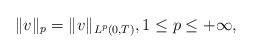
LaTeX: \begin{align*}\|v\|_p=\|v\|_{L^p(0, T)}, 1\le p\le +\infty,\end{align*}